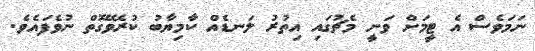
ނަމަވެސް އެ ޓީމަށް ވަނީ މެޗުގައި އިތުރު ލަނޑެއް ކާމިޔާބު ކުރެވޭގޮތް ނުވެފައެވެ.